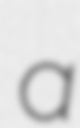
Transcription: a